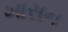
ખાસન